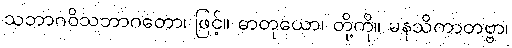
သဘာဂဝိသဘာဂတော၊ ဖြင့်။ ဓာတုယော၊ တို့ကို။ မနသိကာတဗ္ဗာ၊